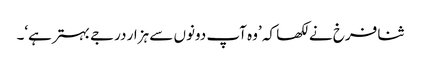
ثنا فرخ نے لکھا کہ ’وہ آپ دونوں سے ہزار درجے بہترہے‘۔